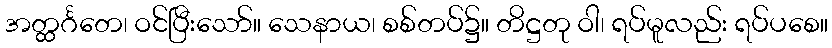
အတ္ထင်္ဂတေ၊ ဝင်ပြီးသော်။ သေနာယ၊ စစ်တပ်၌။ တိဋ္ဌတု ဝါ၊ ရပ်မူလည်း ရပ်ပစေ။